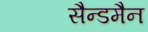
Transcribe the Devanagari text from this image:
सैन्डमैन